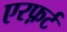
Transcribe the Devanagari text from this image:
एरफ़र्ट